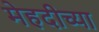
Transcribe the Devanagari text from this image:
मेहदीच्या